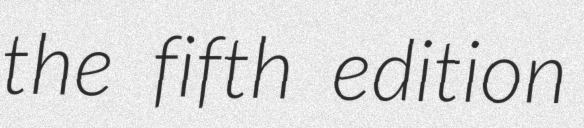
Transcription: the fifth edition